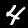
Digit: 4